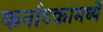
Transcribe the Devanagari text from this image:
कर्नाटकामध्यें